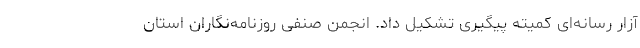
آزار رسانه‌ای کمیته پیگیری تشکیل داد. انجمن صنفی روزنامه‌نگاران استان